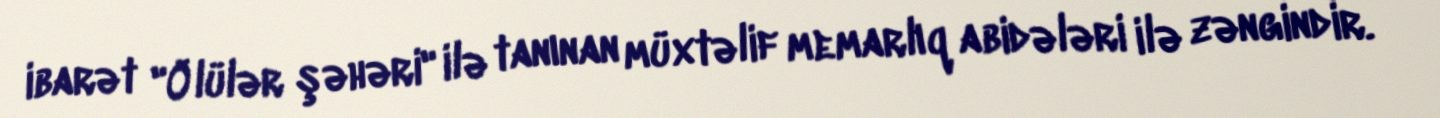
ibarət "Ölülər şəhəri" ilə tanınan müxtəlif memarlıq abidələri ilə zəngindir.